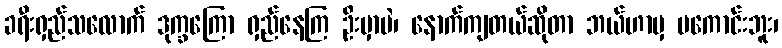
ခရီးရှည်သလောက် ဒုက္ခကြော ရှည်နေကြ ဦးမှာပဲ၊ နောက်ကျတယ်ဆိုတာ ဘယ်ဟာမှ မကောင်းဘူး၊